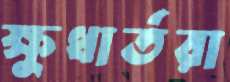
ক্ষুধার্তরা